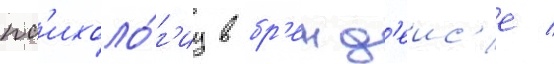
пс'ихоло́г'иу в бр'енд'еис'е /